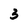
Character: 3